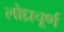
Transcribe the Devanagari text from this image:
लोध्रचूर्ण